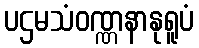
ပဌမသံဝဏ္ဏနာနုရူပံ